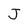
Character: J